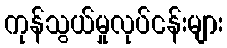
ကုန်သွယ်မှုလုပ်ငန်းများ